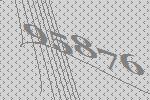
95876